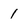
Character: 1